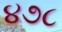
૪૭૮